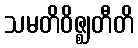
သမတိဝိဇ္ဈတီတိ